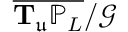
\overline { { \mathbf { T } _ { \mathfrak { u } } \mathbb { P } _ { L } } } / \mathcal { G }